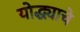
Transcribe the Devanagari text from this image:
योद्ध्याचे